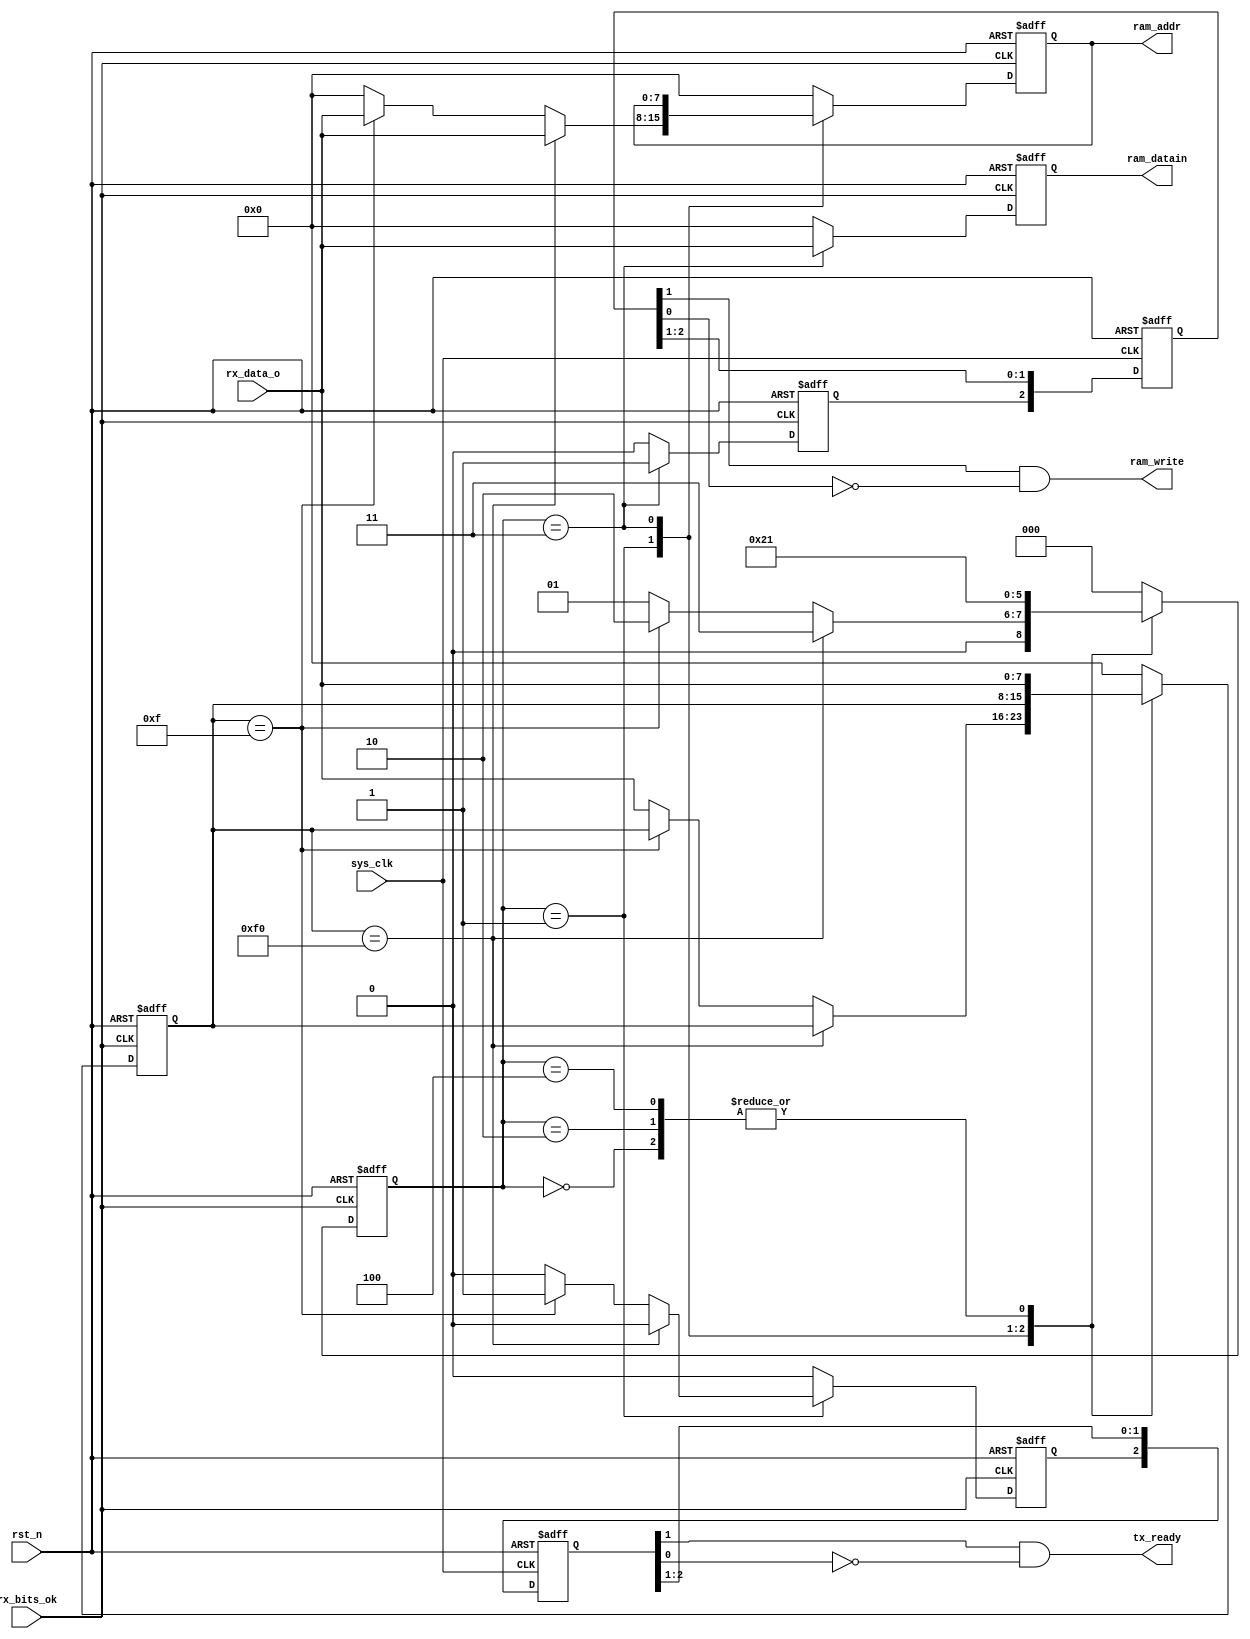
module ram_ctrl (
	sys_clk,
	rst_n,
	rx_bits_ok,
	rx_data_o,
	tx_ready,
	ram_write,
	ram_addr,
  ram_datain
);
	input						sys_clk;			//
	input						rst_n;				//
	input						rx_bits_ok;		//stop/idle	
	input			[7:0]	rx_data_o;		//RXD
	output					tx_ready;			//ctrltx_ready()
	output					ram_write;		//ram
	output		[7:0]	ram_addr;			//ram
	output		[7:0]	ram_datain;		//ram
	//uartramuart
  reg				[2:0] state;				//
  reg				[7:0] ram_command;	//uart
  reg				[7:0] ram_addr_r;		//ramdataout
  reg				[7:0] ram_datain_r;	//ram
  reg							ram_write_r;	//ram
  reg							tx_ready_r;		//uart
  parameter   NULL    = 3'd0,
              COMD    = 3'd1,
              R_ADDR  = 3'd2,
              W_ADDR  = 3'd3,
              W_DATA  = 3'd4;
  always @ ( posedge rx_bits_ok or negedge rst_n ) begin
    //STOP / IDLE
    if ( ~rst_n ) begin
      state         <= NULL;  //NULL
      ram_command   <= 8'h00; //
      ram_addr_r    <= 8'h00; //
      ram_datain_r  <= 8'h00; //
      ram_write_r   <= 1'b0;  //
      tx_ready_r    <= 1'b0;  //TXD
    end
    //
    else begin
      case ( state )
        NULL: begin   //rx_stateIDLEstateCOMD
                      //
          state         <= COMD;      //NULL -> COMD
          ram_command   <= rx_data_o; //RXD
          ram_addr_r    <= 8'h00; 
          ram_datain_r  <= 8'h00; 
          ram_write_r   <= 1'b0;  
          tx_ready_r    <= 1'b0;  
        end
        //
        COMD: begin
          //""W_ADDR
          if ( ram_command == 8'b1111_0000 ) begin
            state         <= W_ADDR;      //COMD -> W_ADDR
            ram_command   <= ram_command; //
            ram_addr_r    <= rx_data_o;   //RXD       
            ram_datain_r  <= 8'h00;     
            ram_write_r   <= 1'b0;  
            tx_ready_r    <= 1'b0; 
          end
          //""R_ADDR
          else if ( ram_command == 8'b0000_1111 ) begin
            state         <= R_ADDR;      //COMD -> W_ADDR
            ram_command   <= ram_command; //
            ram_addr_r    <= rx_data_o;   //RXD       
            ram_datain_r  <= 8'h00;     
            ram_write_r   <= 1'b0;  
            tx_ready_r    <= 1'b1; 
          end
          //
          else begin
            state         <= COMD;      //COMD -> COMD
            ram_command   <= rx_data_o; //RXD
            ram_addr_r    <= 8'h00; 
            ram_datain_r  <= 8'h00; 
            ram_write_r   <= 1'b0;  
            tx_ready_r    <= 1'b0; 
          end
        end
        //
        R_ADDR: begin
          state         <= COMD;      //R_ADDR -> COMD
          ram_command   <= rx_data_o; //RXD
          ram_addr_r    <= 8'h00; 
          ram_datain_r  <= 8'h00; 
          ram_write_r   <= 1'b0;  
          tx_ready_r    <= 1'b0; 
        end
        //
        W_ADDR: begin
          state         <= W_DATA;      //R_ADDR -> W_DATA
          ram_command   <= ram_command; 
          ram_addr_r    <= ram_addr_r;  
          ram_datain_r  <= rx_data_o;   //RXD
          ram_write_r   <= 1'b1;        //ram
          tx_ready_r    <= 1'b0; 
        end
        //
        W_DATA: begin
          state         <= COMD;      //R_ADDR -> COMD
          ram_command   <= rx_data_o; //RXD
          ram_addr_r    <= 8'h00; 
          ram_datain_r  <= 8'h00; 
          ram_write_r   <= 1'b0;  
          tx_ready_r    <= 1'b0; 
        end
        //NULL
        default: begin
          state         <= NULL;      
          ram_command   <= 8'h00;     //RXD
          ram_addr_r    <= 8'h00; 
          ram_datain_r  <= 8'h00; 
          ram_write_r   <= 1'b0;  
          tx_ready_r    <= 1'b0;
        end
      endcase
    end
  end

  parameter	en_dly = 3;											//en(en_dlysys_clk)
  reg			[en_dly-1:0]	tx_ready_r1;        //uart
	reg			[en_dly-1:0]	ram_write_r1;       //ram
  always @ ( negedge sys_clk or negedge rst_n ) begin //
    if ( ~rst_n ) begin
			tx_ready_r1   <= {en_dly{1'b0}};
			ram_write_r1  <= {en_dly{1'b0}};
    end
    else begin											//2sys_clk
			tx_ready_r1   <= { tx_ready_r , tx_ready_r1[en_dly-1:1] };	//tx_readytx_data_in
      ram_write_r1  <= { ram_write_r , ram_write_r1[en_dly-1:1] };	//ram_writeram_datain
		end
  end

  wire          ram_write;					//(ram)
  wire    [7:0] ram_addr;						//ram(ram)
  wire    [7:0] ram_datain;					//ram(ram)
  wire    [7:0] ram_dataout;				//ram(ram)
  //,sys_clk
  assign  tx_ready    = tx_ready_r1[1]	& ~tx_ready_r1[0];	//sys_clk
  assign  ram_write   = ram_write_r1[1]	& ~ram_write_r1[0];	//
  assign  ram_addr    = ram_addr_r;
  assign  ram_datain  = ram_datain_r;

endmodule